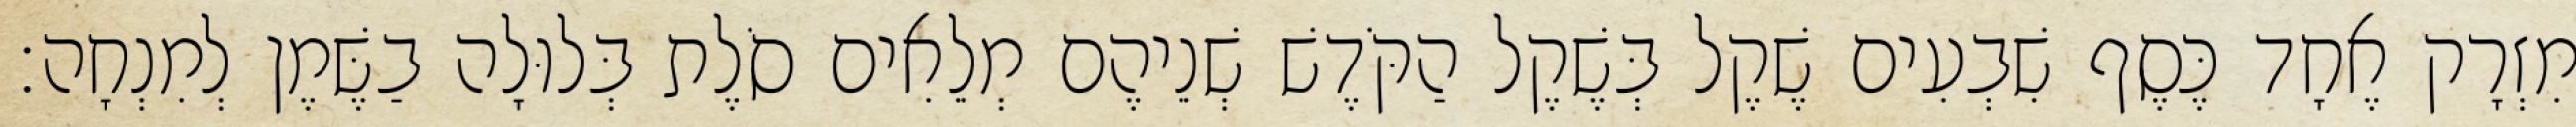
מִזְרָק אֶחָד כֶּסֶף שִׁבְעִים שֶׁקֶל בְּשֶׁקֶל הַקֹּדֶשׁ שְׁנֵיהֶם מְלֵאִים סֹלֶת בְּלוּלָה בַשֶּׁמֶן לְמִנְחָה׃